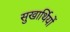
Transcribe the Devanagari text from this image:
सुखार्थियों